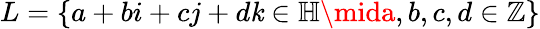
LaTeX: L=\left\{ a+bi+cj+d\mathit{k}\in\mathbb{{H}}\mida,b,c,d\in\mathbb{{Z}}\right\}